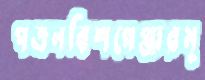
পত্রনবিশগেঞ্জারমু